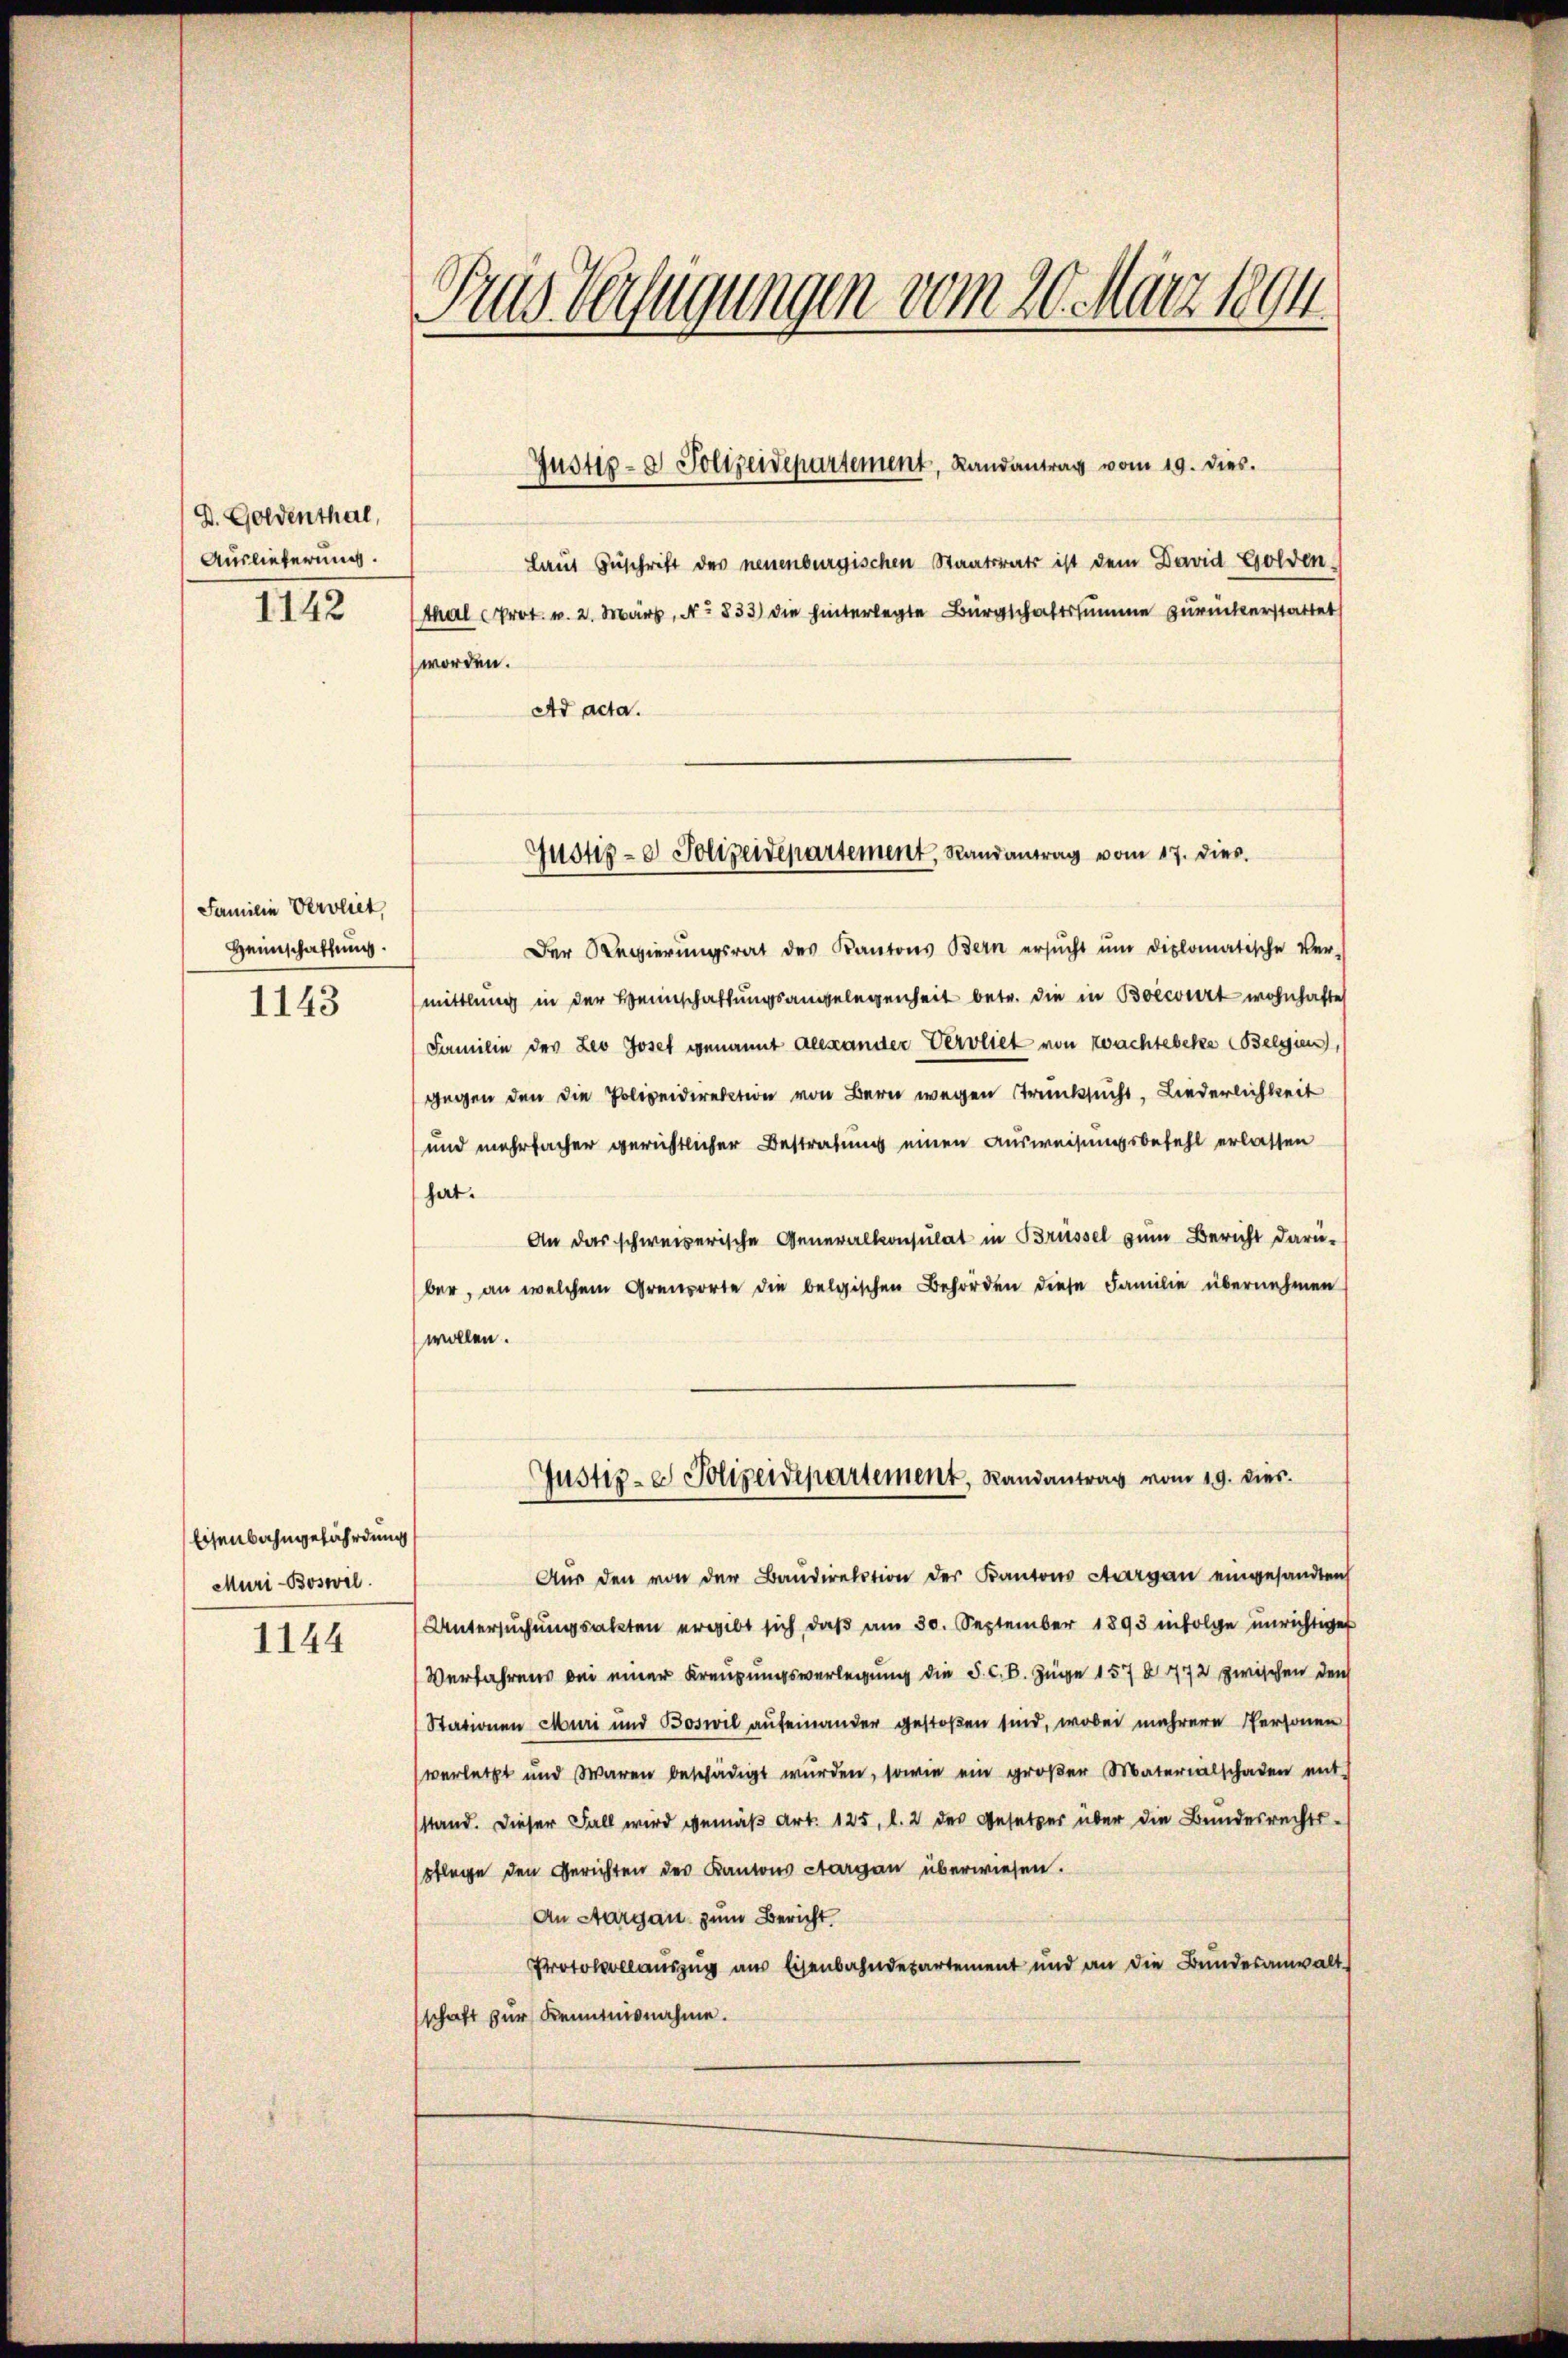
D. Goldenthal,
Auslieferung.

Familie Verbliet,
Heimschaffung.

1143

Eisenbahngefährdung
Muri-Boswil

1144

Tras Verfügungen vom 20. März 1894.

laut Zuschrift des neuenburgischen Staatsrats ist dem David Golden-
1142 (thal Prot. v. 2. März, No 833) die hinterlegte Bürgschaftssumme zurückerstattet
Der Regierungsrat des Kantons Bern ersŭcht ŭm diplomatische Ver-
mittlung in der Heinschaffungsangelegenheit betr. die in Boecourt wohnhafte
Familie des Leo Josef genannt Alexander Vervliet von Wachtebeke (Belgien,
gegen den die Polizeidirektion von Bern wegen Trunksucht, Liederlichkeit
und mehrfacher gerichtlicher Bestrafung einen Ausweisungsbefehl erlassen
hat.
An das schweizerische Generalkonsulat in Brüssel zum Bericht darü-
ber, an welchem Grenzorte die belgischen Behörden diese Familie übernehmen
wollen.
Justiz- & Polizeidepartement, Randantrag vom 19. dies
Aŭs den von der Baŭdirektion des Kantons Aargau eingesandten
Untersuchungsakten ergibt sich, daß am 30. September 1893 infolge unrichtiget
Verfahrens bei einer Kreuzungsverlegung die S. C. B. Züge 157. 472 zwischen den
Stationen Muri und Boswil aufeinander gestoßen sind, wobei mehrere Personen
verletzt und Waren beschädigt wurden, sowie ein großer Materialschaden mit
sstand. Dieser Fall wird gemäß Art. 125, l. 2 des Gesetzer über die Bundesrechts-
spflege den Gerichten des Kantons Aargau überwiesen.
An Aargau zum Bericht.
Protokollauszug aus Eisenbahndepartement und an die Bundesanwalt
schaft zur Kenntnisnahme.

Ad acta.

Justiz- & Polizeidepartement, Landantrag vom 19. dies.

worden.

Justiz- & Polizeidepartement, Randantrag vom 17. dies.